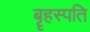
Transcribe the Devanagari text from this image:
बॄहस्पति